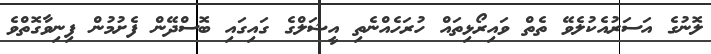
ލޮނުގެ އަސަރުއެކުލެވޭ ތެތް ވައިރޯޅިތައް ހުރަހެއްނެތި އީޝަލްގެ ގައިގައި ބޮސްދޭން ފެށުމުން ފިނިވާގޮތްވެ